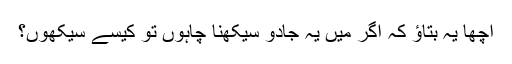
اچھا یہ بتاؤ کہ اگر میں یہ جادو سیکھنا چاہوں تو کیسے سیکھوں؟